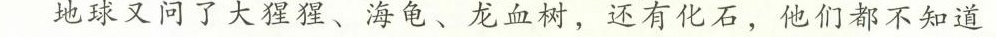
地球又问了大猩猩、海龟、龙血树还有化石他们都不知道